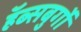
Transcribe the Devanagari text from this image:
हॅब्सबुर्गो